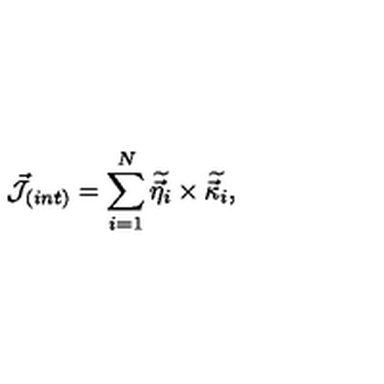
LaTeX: { \cal \vec { J } } _ { ( i n t ) } = \sum _ { i = 1 } ^ { N } \widetilde { \vec { \eta } _ { i } } \times \widetilde { \vec { \kappa } _ { i } } ,